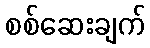
စစ်ဆေးချက်